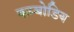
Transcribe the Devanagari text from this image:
कम्बोडिय